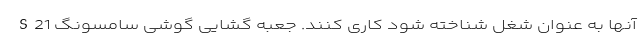
آنها به عنوان شغل شناخته شود کاری کنند. جعبه گشایی گوشی سامسونگ S21